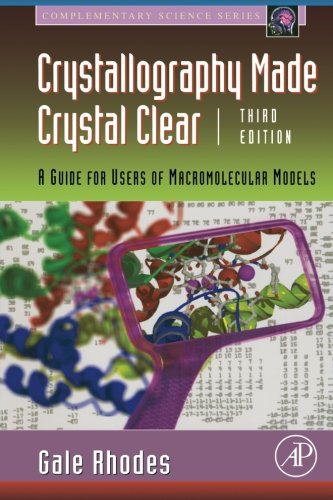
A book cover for Crystallography Made Crystal Clear, Third Edition: A Guide for Users of Macromolecular Models (Complementary Science); Gale Rhodes; Science & Math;